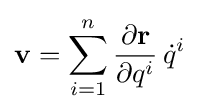
\displaystyle \mathbf {v} =\sum _{i=1}^{n}{\frac {\partial \mathbf {r} }{\partial q^{i}}}\,{\dot {q}}^{i}